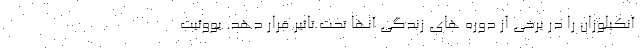
آنکیلوزان را در برخی از دوره های زندگی آنها تحت تاثیر قرار دهد. یووئیت